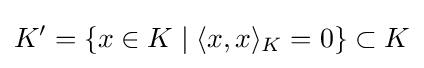
K'=\{x\in K\mid \langle x,x\rangle _{K}=0\}\subset K